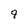
Character: 9